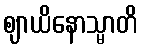
ဈာယိနောသ္မာတိ